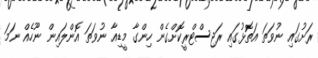
ރަށުގައި ނުވަތަ އަތޮޅުގައި ރަޖިސްޓްރީކޮށްގެން ހިންގާ މީޑިއާ ނުވަތަ އޮންލައިން ނޫހެއް ނަމަ